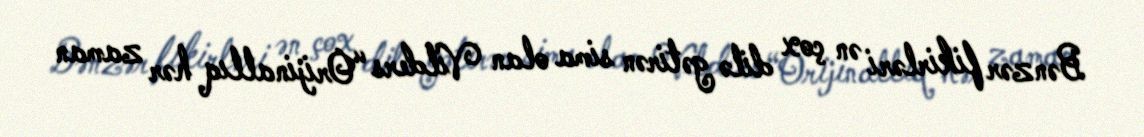
Bənzər fikirləri ən çox dilə gətirən sima olan Vilders “Orijinallıq hər zaman